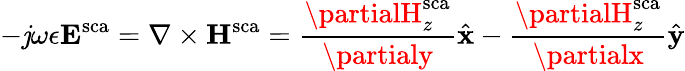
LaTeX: -\mathit{j}\omega\epsilon\mathbf{{E}}^{\mathrm{{sca}}}=\nabla\times\mathbf{{H}}^{\mathrm{{sca}}}=\frac{{\partialH_{z}^{\mathrm{{sca}}}}}{{\partialy}}\hat{{\mathbf{{x}}}}-\frac{{\partialH_{z}^{\mathrm{{sca}}}}}{{\partialx}}\hat{{\mathbf{{y}}}}